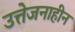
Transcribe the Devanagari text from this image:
उत्तेजनाहीन